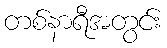
တစ်နာရီအတွင်း